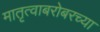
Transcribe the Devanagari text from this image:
मातृत्वाबरोबरच्या